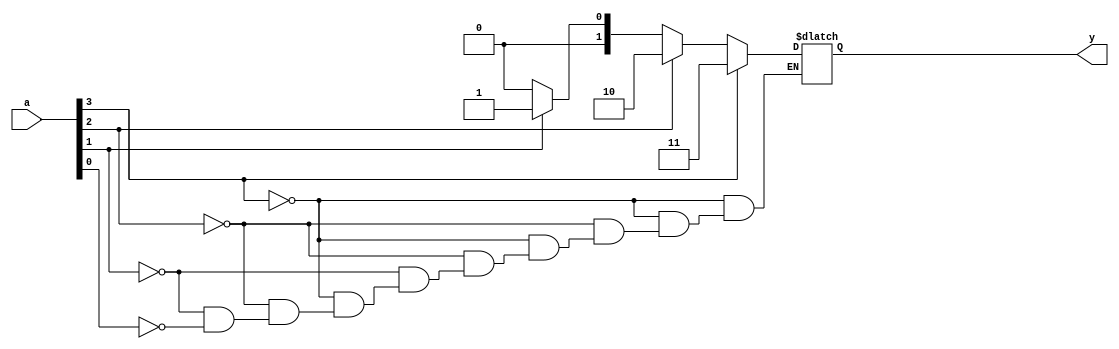
module priority(input      [3:0] a,
   output reg [1:0] y); //updated reg size
   always @(*)
   begin //added begin end statements
/*     if      (a[3]) y = 4'b1000;
     else if (a[2]) y = 4'b0100;
     else if (a[1]) y = 4'b0010;
     else if (a[0]) y = 4'b0001;*/

    if       (a[3]) y = 2'b11;
     else if (a[2]) y = 2'b10;
     else if (a[1]) y = 2'b01;
     else if (a[0]) y = 2'b00;
   end

endmodule